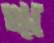
ঋ